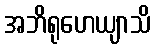
အဘိရုဟေယျာသိ